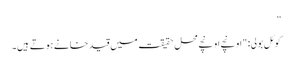
”
کوئل بولی: "اونچے اونچے محل حقیقت میں قید خانے ہوتے ہیں۔